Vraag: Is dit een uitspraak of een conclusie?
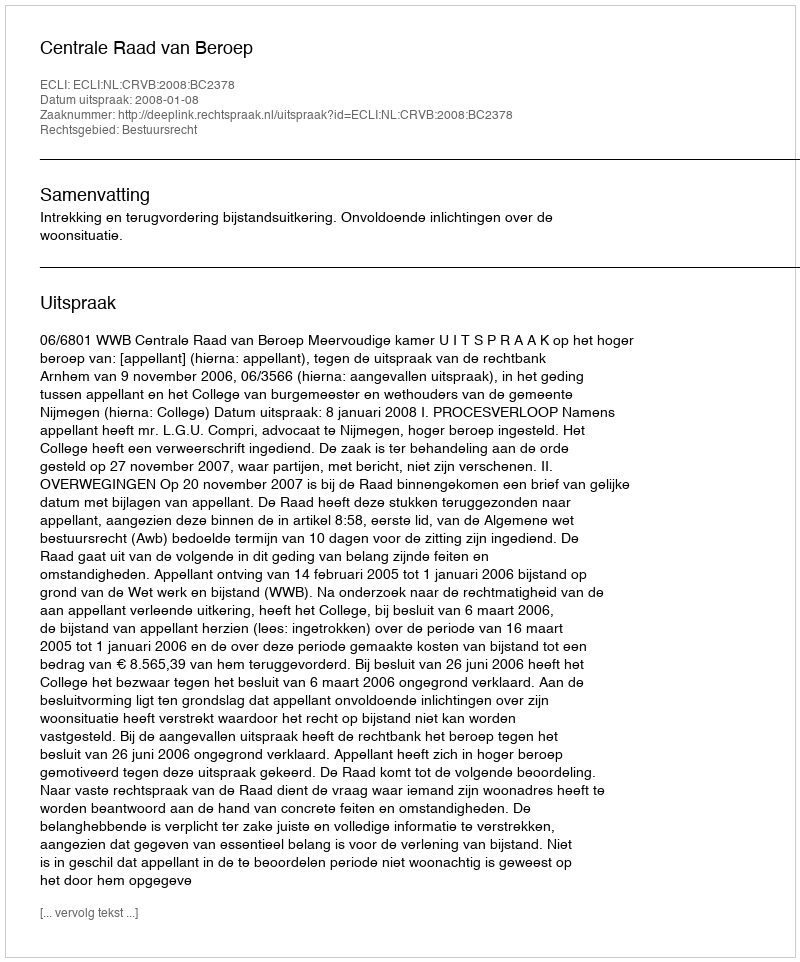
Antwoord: Uitspraak